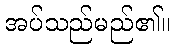
အပ်သည်မည်၏။